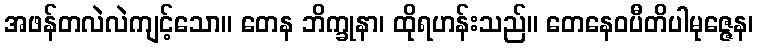
အဖန်တလဲလဲကျင့်သော။ တေန ဘိက္ခုနာ၊ ထိုရဟန်းသည်။ တေနေဝပီတိပါမုဇ္ဇေန၊